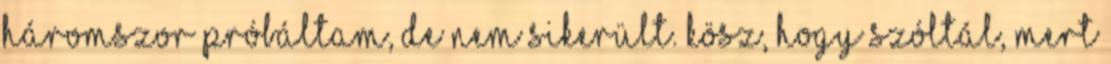
háromszor próbáltam, de nem sikerült. Kösz, hogy szóltál, mert